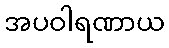
အပဝါရဏာယ